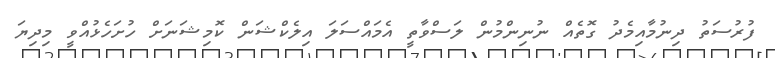
ފުރުސަތު ދިނުމާއިމެދު ގޮތެއް ނުނިންމުން ލަސްވާތީ އެމައްސަލަ އިލެކްޝަން ކޮމިޝަނަށް ހުށަހެޅުއްވީ މިދިޔަ